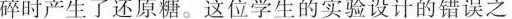
碎时产生了还原糖。这位学生的实验设计的错误之